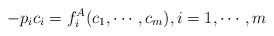
LaTeX: \begin{align*}-p_ic_i = f_i^A (c_1, \cdots ,c_m), i=1, \cdots ,m\end{align*}